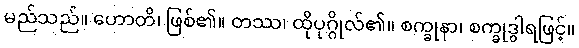
မည်သည်။ ဟောတိ၊ ဖြစ်၏။ တဿ၊ ထိုပုဂ္ဂိုလ်၏။ စက္ခုနာ၊ စက္ခုဒွါရဖြင့်။